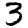
Digit: 3